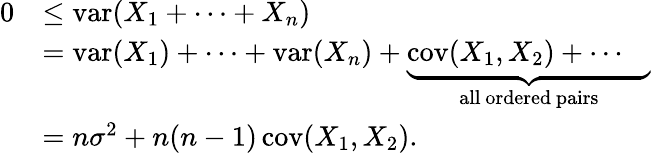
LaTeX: {\begin{array}{rl}{0}&{\leq\operatorname{var}(X_{1}+\cdots+X_{n})}\\ &{=\operatorname{var}(X_{1})+\cdots+\operatorname{var}(X_{n})+\underbrace{\operatorname{cov}(X_{1},X_{2})+\cdots\quad}_{\mathrm{all~ordered~pairs}}}\\ &{=n\sigma^{2}+n(n-1)\operatorname{cov}(X_{1},X_{2}).}\end{array}}